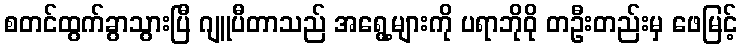
စတင်ထွက်ခွာသွားပြီ ဂျူပီတာသည် အရွေ့များကို ပရာဘိုဝို တဦးတည်းမှ ဖေမြင့်